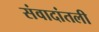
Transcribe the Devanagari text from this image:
संवादांतली